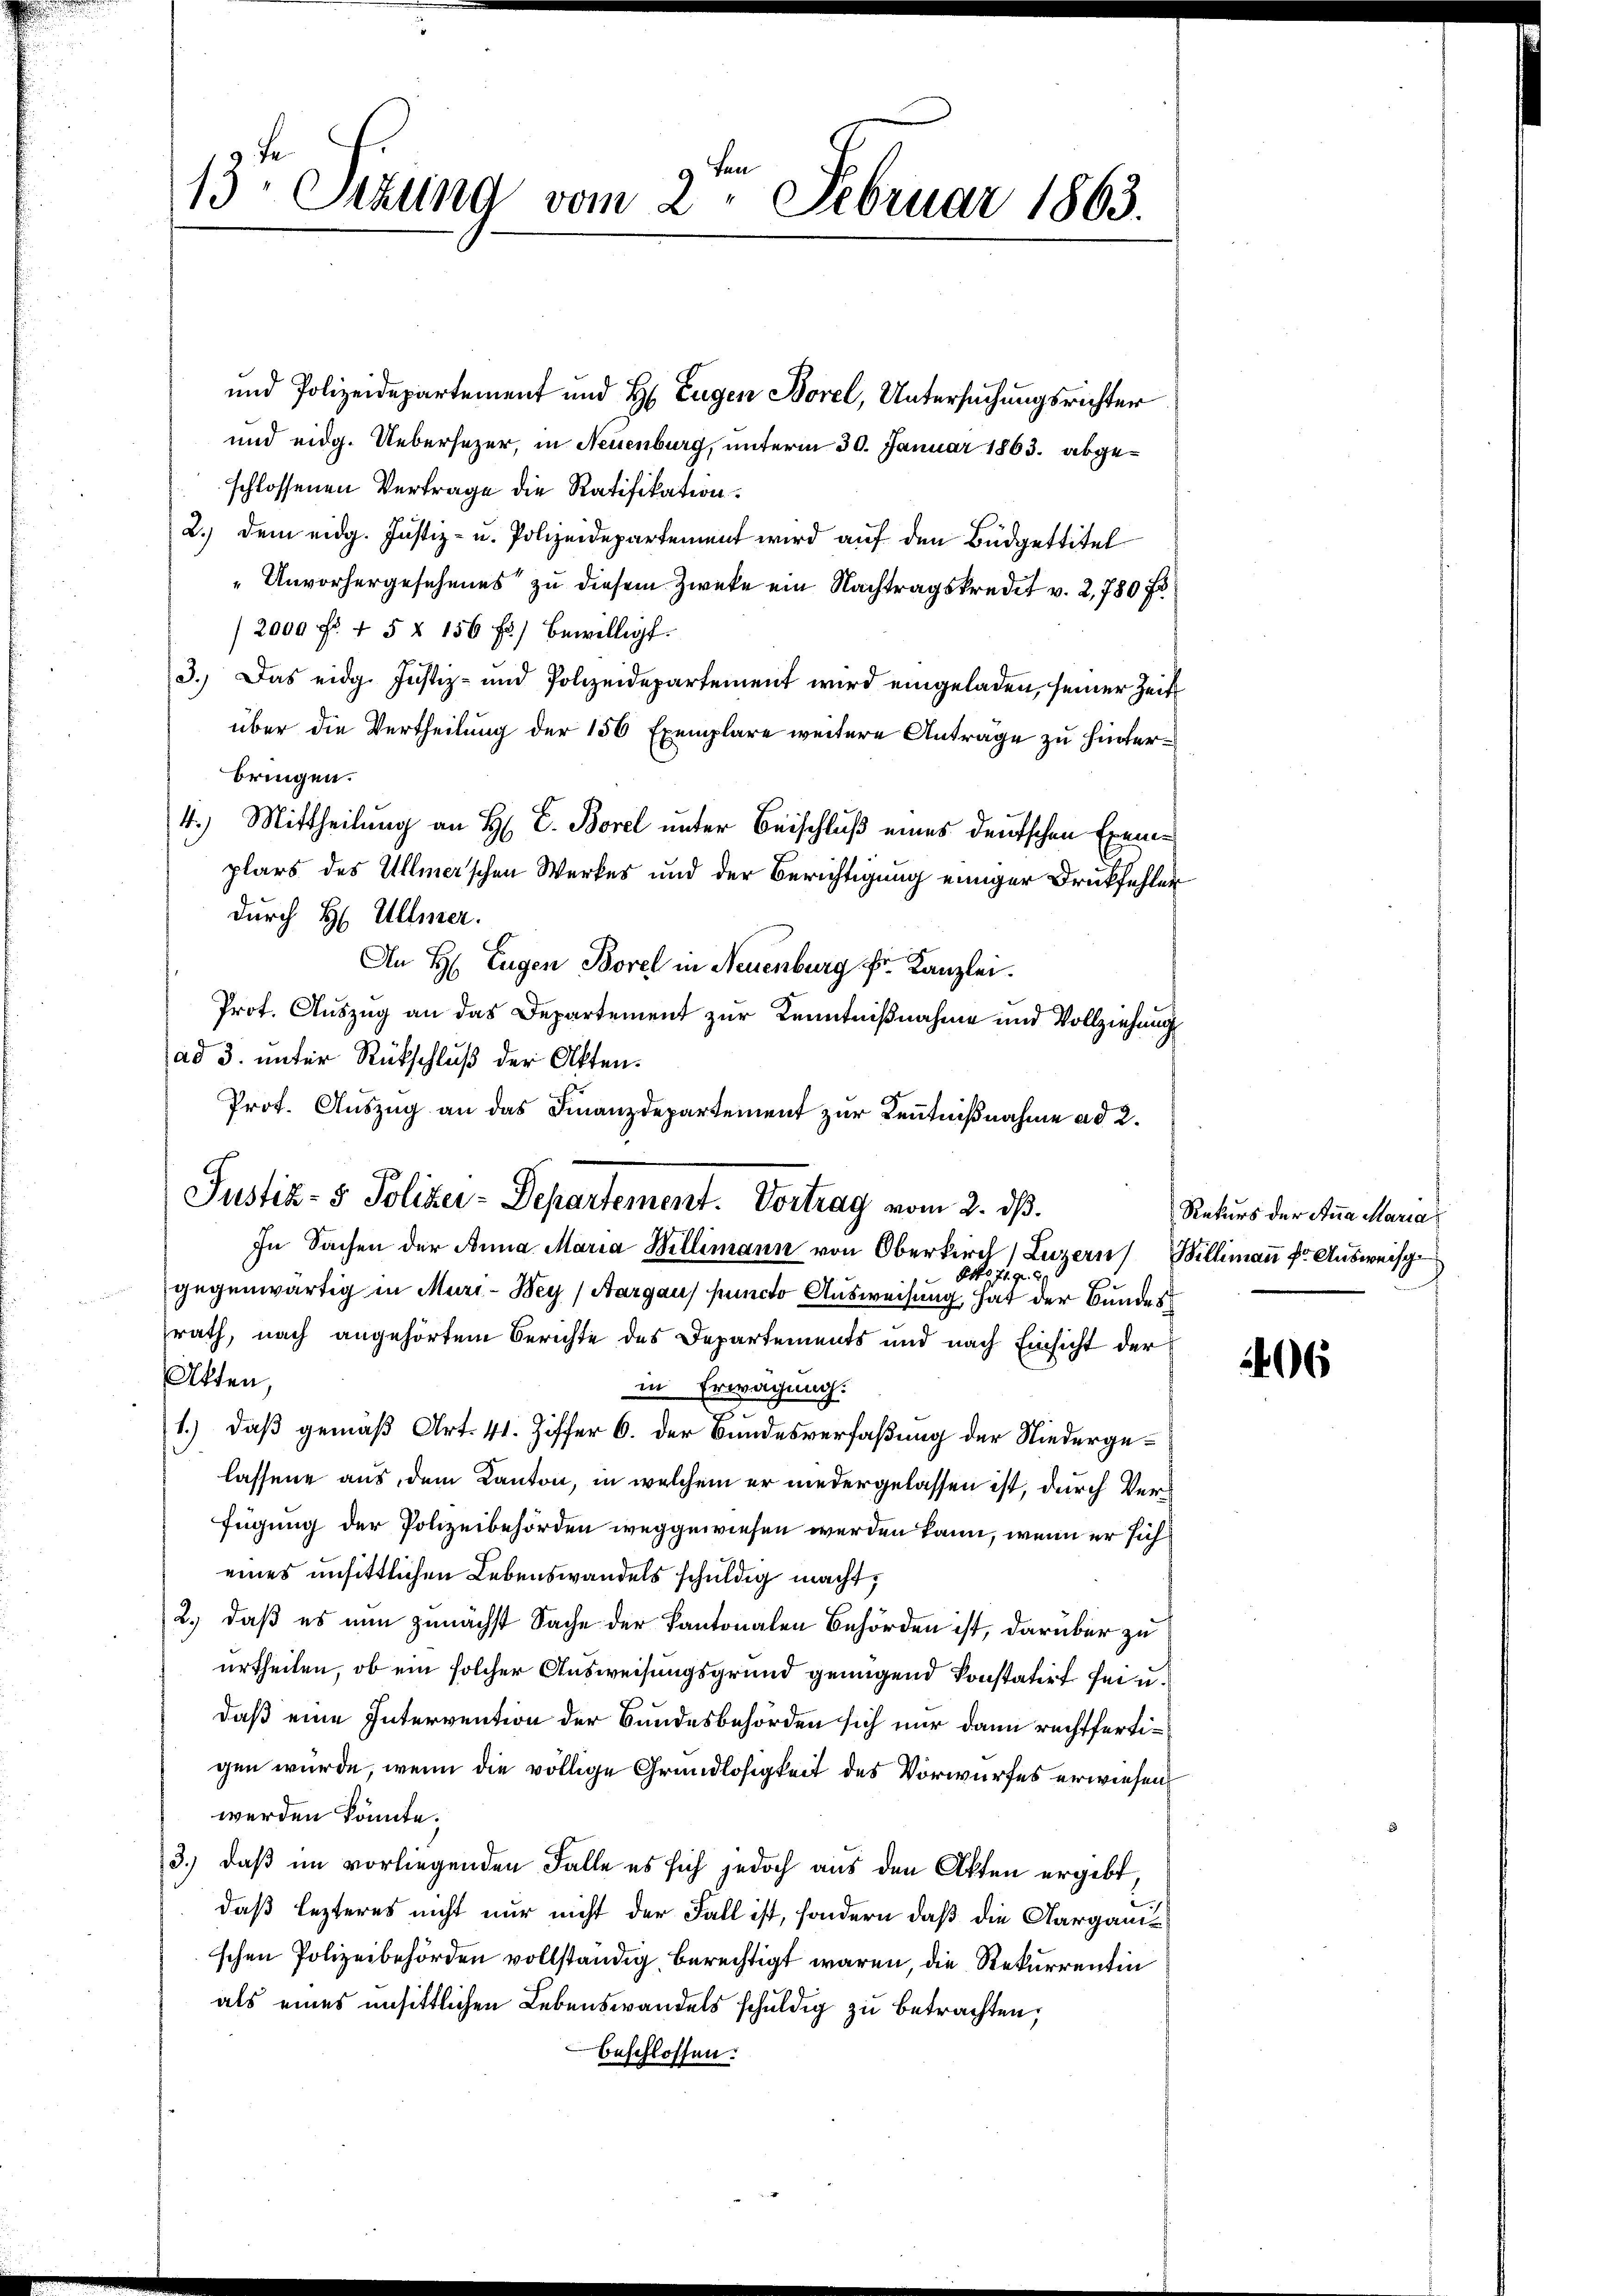
13t Sekund vom 2. Februar 1863.

und Polizeidepartement und H. Eugen Borel, Untersuchungsrichter
und eidg. Uebersezer, in Neuenburg, unterm 30. Januar 1863. abgeschlossenen Vertrage die Ratifikation.
2.) dem eidg. Justiz- u. Polizeidepartement wird auf den Büdgettitel
Unvorhergesehenes zu diesem Zwecke ein Nachtragskredit v. 2, 780 f
/2000 f 45 x 156 f.) bewilligt.
3.) Das eidg. Justiz- und Polizeidepartement wird eingeladen, seiner Zeit
über die Vertheilung der 156 Exemplare weitere Anträge zu hinterbringen.
4.) Mittheilung an H. E. Borel unter Beischluß eines deutschen Exeme
plars des Ullmerschen Werkes und der Berichtigung einiger Druckfehlen
durch H. Ullmer.
An H. Eugen Borel in Neuenburg Fr. Kanzlei.
Prot. Auszug an das Departement zur Kenntnißnahme und Vollziehung
ad 3. unter Rückschluß der Akten.
Prot. Auszug an das Finanzdepartement zur Kenntnißnahme ad 2.
In Sachen der Anna Maria Willimann von Oberkirch, Luzern Billimann fr. Ausweise
Otto 71. 9.
gegenwärtig in Muri-Bey (Aargau) puncto Ausweisung, hat der Bundessrath, nach angehörtem Berichte des Departements und nach Einsicht der
Akten,
in Erwägung.
1.) daß gemäß Art. 41. Ziffer 6. der Bundesverfaßung der Niedergelassene aus dem Kanton, in welchem er niedergelassen ist, durch Verfügung der Polizeibehörden weggewiesen werden kann, wenn er sich
eines unsittlichen Lebenswandels schuldig macht,
2., daß es nun zunächst Sache der Kantonalen Behörden ist, darüber zu
urtheilen, ob ein solcher Ausweisungsgrund genügend konstatirt sei u.
daß eine Intervention der Bundesbehörden sich nur dann rechtfertigen wurde, wenn die völlige Grundlosigkeit des Vorwurfes erwiesen,
werden könnte.
3.) daß im vorliegenden Falle es sich jedoch aus den Akten ergibt,
daß lezteres nicht nur nicht der Fall ist, sondern daß die Aargauischen Polizeibehörden vollständig, berechtigt waren, die Rekurrentin
als eines unsittlichen Lebenswandels schuldig zu betrachten;
beschlossen:

Justiz- & Polizei-Departement. Vortrag vom 2. ds.

Rekurs der Anna Maria

6